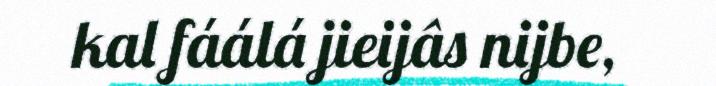
kal fáálá jieijâs nijbe,